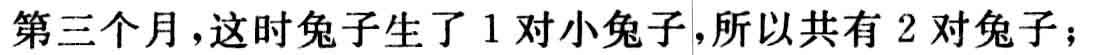
第三个月，这时兔子生了 1 对小兔子，所以共有 2 对兔子；